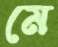
মে